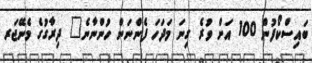
ބައިސްކޯފުން 100 އަށް ވުރެ ގިނަ މަދަހަ ފެންނަން ހުންނާނެ" ދިރާގުގެ މެނޭޖަރ